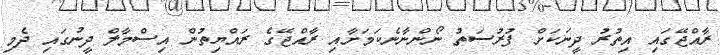
ރާއްޖޭގައި އިތުރު ދީނަކަށް ފުރުސަތު ނޯންނާނެކަމަށާއި ރާއްޖޭގެ ރައްޔިތުން އިސްމާލް ދީނުގައި ދެމި